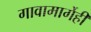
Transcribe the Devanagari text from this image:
गावामार्गेही